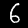
Digit: 6